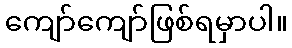
ကျော်ကျော်ဖြစ်ရမှာပါ။